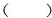
()